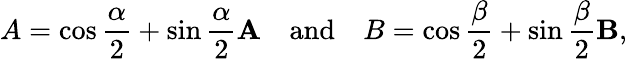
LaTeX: A=\cos{\frac{\alpha}{2}}+\sin{\frac{\alpha}{2}}\mathbf{A}\quad{\mathrm{and}}\quad B=\cos{\frac{\beta}{2}}+\sin{\frac{\beta}{2}}\mathbf{B},